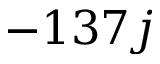
- 1 3 7 j